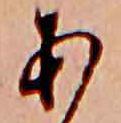
あ